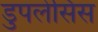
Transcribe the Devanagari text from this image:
डुपलेसिस